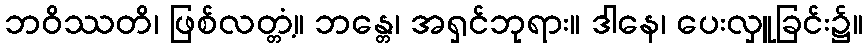
ဘဝိဿတိ၊ ဖြစ်လတ္တံ့။ ဘန္တေ၊ အရှင်ဘုရား။ ဒါနေ၊ ပေးလှူခြင်း၌။